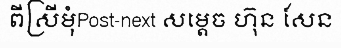
ពីស្រីមុំPost-next សម្តេច ហ៊ុន សែន